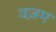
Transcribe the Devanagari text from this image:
वज़म